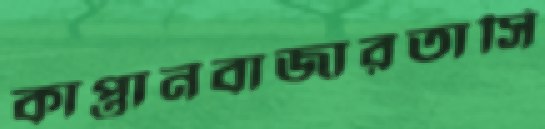
কাপ্তানবাজারতাসি